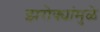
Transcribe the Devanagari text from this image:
झरोक्यांमुळे